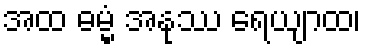
အထ ဓမ္မံ အနုဿ ရေယျာထ၊